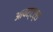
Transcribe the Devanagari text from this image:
आयस्टर्स